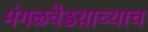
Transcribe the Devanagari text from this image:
मंगळवेढय़ाच्याच